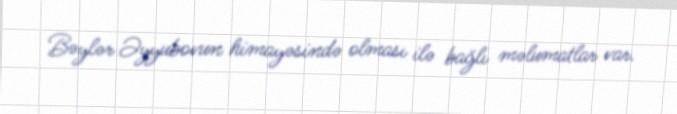
Bəylər Əyyubovun himayəsində olması ilə bağlı məlumatlar var.